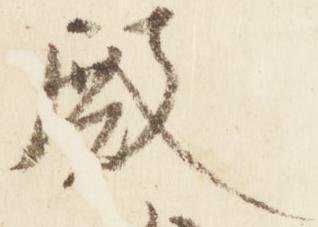
殿